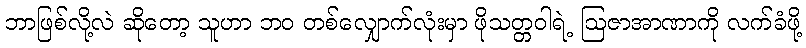
ဘာဖြစ်လို့လဲ ဆိုတော့ သူဟာ ဘဝ တစ်လျှောက်လုံးမှာ ဖိုသတ္တဝါရဲ့ ဩဇာအာဏာကို လက်ခံဖို့